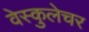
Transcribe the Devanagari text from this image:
वेस्कुलेचर